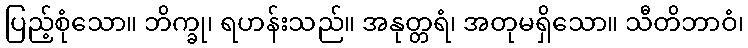
ပြည့်စုံသော။ ဘိက္ခု၊ ရဟန်းသည်။ အနုတ္တရံ၊ အတုမရှိသော။ သီတိဘာဝံ၊